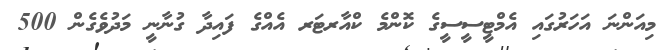
މިއަންނަ އަހަރުގައި އެމްޓީސީސީގެ ކޮންމެ ކްއާރޓަރ އެއްގެ ފައިދާ ގުނާނީ މަދުވެގެން 500